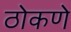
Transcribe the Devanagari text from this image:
ठोकणे